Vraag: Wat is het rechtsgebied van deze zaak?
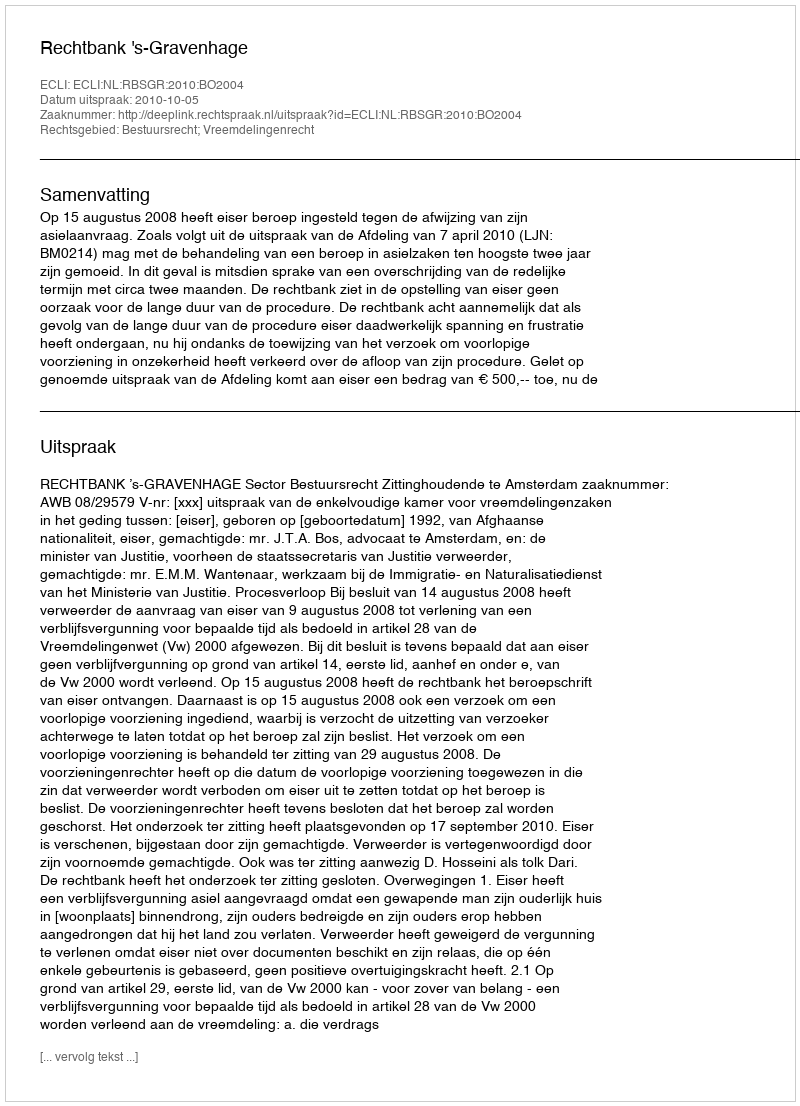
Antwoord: Bestuursrecht; Vreemdelingenrecht